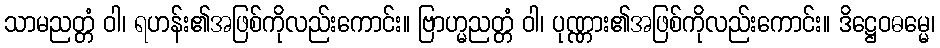
သာမညတ္တံ ဝါ၊ ရဟန်း၏အဖြစ်ကိုလည်းကောင်း။ ဗြာဟ္မညတ္တံ ဝါ၊ ပုဏ္ဏား၏အဖြစ်ကိုလည်းကောင်း။ ဒိဋ္ဌေဝဓမ္မေ၊